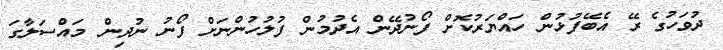
ދުވަހުގެ ރޭ އެބޭފުޅުން ހައްޔަރުކޮށް ފޯނުދޭން އެދުމުން ފުލުހުންނަށް ފޯނު ނުދިން މައްސަލާގަ